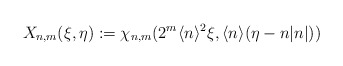
\begin{align*}X_{n,m}(\xi,\eta):=\chi_{n,m}(2^{m}\langle n\rangle^{2}\xi,\langle n\rangle(\eta-n|n|))\end{align*}